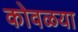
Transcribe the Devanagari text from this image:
कोवळया